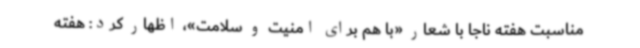
مناسبت هفته ناجا با شعار «با هم برای امنیت و سلامت»، اظهار کرد: هفته